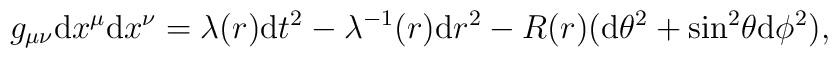
g_{\mu\nu}{\rm d}x^{\mu}{\rm d}x^{\nu} = \lambda (r){\rm d}t^2- \lambda^{-1} (r) {\rm d}r^2 - R(r)({\rm d}\theta^2 +{\rm sin}^2 \theta{\rm d}\phi^2),